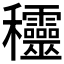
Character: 𥤞